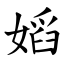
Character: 嫍